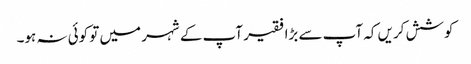
کوشش کریں کہ آپ سے بڑا فقیر آپ کے شہر میں تو کوئی نہ ہو۔